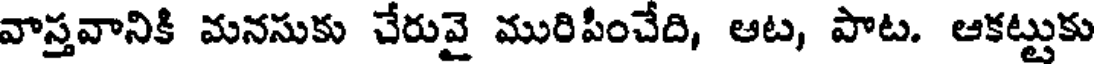
వాస్తవానికి మనసుకు చేరువై మురిపించేది, ఆట, పాట. ఆకట్టుకు